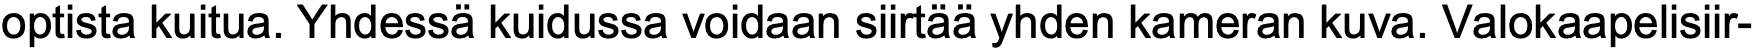
optista kuitua. Yhdessä kuidussa voidaan siirtää yhden kameran kuva. Valokaapelisiir-